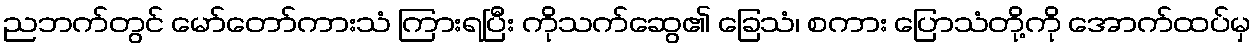
ညဘက်တွင် မော်တော်ကားသံ ကြားရပြီး ကိုသက်ဆွေ၏ ခြေသံ၊ စကား ပြောသံတို့ကို အောက်ထပ်မှ